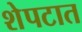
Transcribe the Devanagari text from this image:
शेपटात